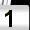
Digit: 1